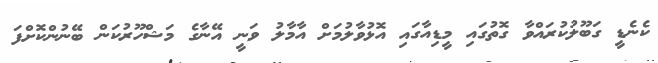
ކެނެޑީ ގަބޫލުކުރައްވާ ގޮތުގައި މީޑިއާގައި އޮޅުވާލުމަށް އާމާލު ވަނީ އޭނާގެ މަޝްހޫރުކަން ބޭނުންކޮށްފަ